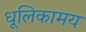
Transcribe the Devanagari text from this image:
धूलिकामय